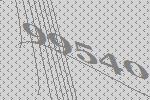
99540